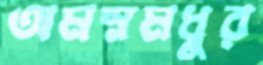
অমস্নমধুর